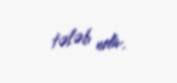
tələb edir.